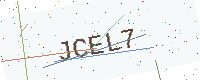
Text: JCEL7